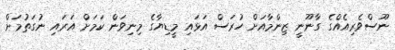
ނޫސްވެރިއެއްގެ ގާނޫނީ ޒިންމާއަށް ހުރަސް އަޅައި މީޑިޔާގެ މިނިވަން ކަމަށް އަރައި ނުގަތުމަށް